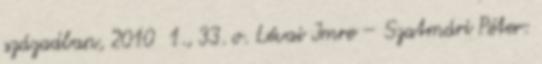
században, 2010 1., 33. o. Lévai Imre – Szatmári Péter: